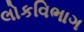
લોકવિભાગ